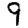
Digit: 9